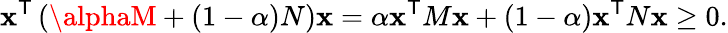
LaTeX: \mathbf{x}^{\textsf{{T}}}\left(\alphaM+(1-\alpha)N\right)\mathbf{x}=\alpha\mathbf{x}^{\textsf{{T}}}M\mathbf{x}+(1-\alpha)\mathbf{x}^{\textsf{{T}}}N\mathbf{x}\geq0.